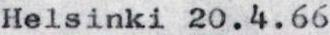
Helsinki 20.4.66